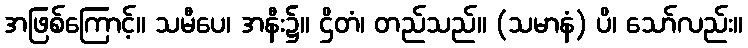
အဖြစ်ကြောင့်။ သမီပေ၊ အနီး၌။ ဌိတံ၊ တည်သည်။ (သမာနံ) ပိ၊ သော်လည်း။